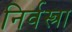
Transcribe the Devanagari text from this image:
निर्वस्त्रा